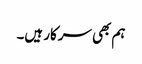
ہم بھی سرکار ہیں۔